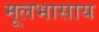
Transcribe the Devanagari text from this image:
मूलभासाय